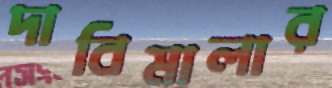
দাবিমালার